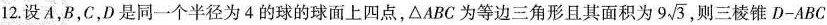
12.设A，B，C，D是同一个半径为4的球的球面上四点，\triangle ABC为等边三角形且其面积为9 \sqrt{3}，则三棱锥D-ABC